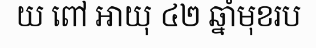
យ ពៅ អាយុ ៤២ ឆ្នាំមុខរប